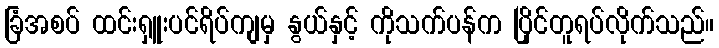
ခြံအစပ် ထင်းရှူးပင်ရိပ်ကျမှ နွယ်နှင့် ကိုသက်ပန်က ပြိုင်တူရပ်လိုက်သည်။